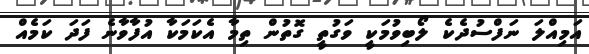
އަމިއްލަ ނަފްސުދެކެ ލޯބިވުމަކީ ވަގުތީ ގޮތުން ތިމާ އެކަމަކާ އުފާވާނެ ފަދަ ކަމެއް